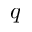
q